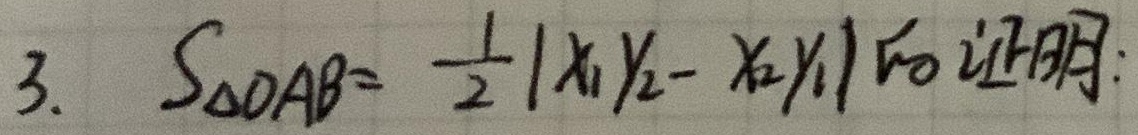
3. $S_{\triangle OAB}=\frac{1}{2}|x_1y_2 - x_2y_1|$ 证明: